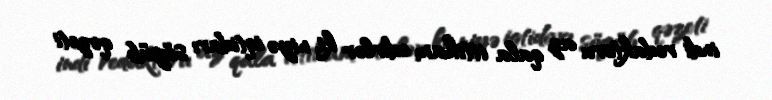
indi redaktoru az qala ittiham edirlər ki, niyə iqtidarı söyüb qəzeti